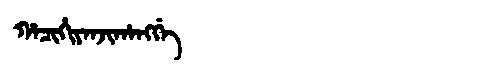
Manchu: ᡥᠠᠴᡳᡥᡳᠶᠠᠨᠵᡳᡥᠠᠩᡤᡝ
Romanization: HACIHIYANJIHANGGE